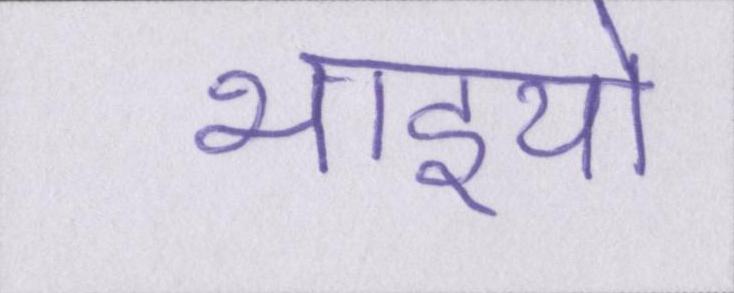
भाइयो